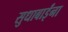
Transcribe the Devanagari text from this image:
सुधाबाईंना